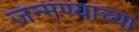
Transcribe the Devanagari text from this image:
जन्मण्याच्या